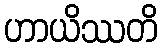
ဟာယိဿတိ